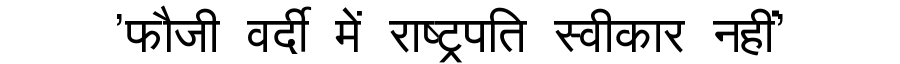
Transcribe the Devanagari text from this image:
'फौजी वर्दी में राष्ट्रपति स्वीकार नहीं'